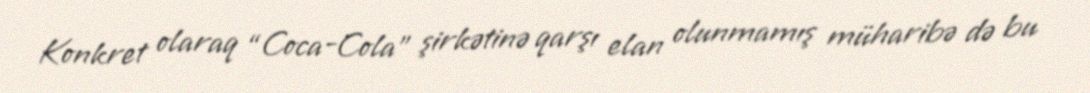
Konkret olaraq “Coca-Cola” şirkətinə qarşı elan olunmamış müharibə də bu